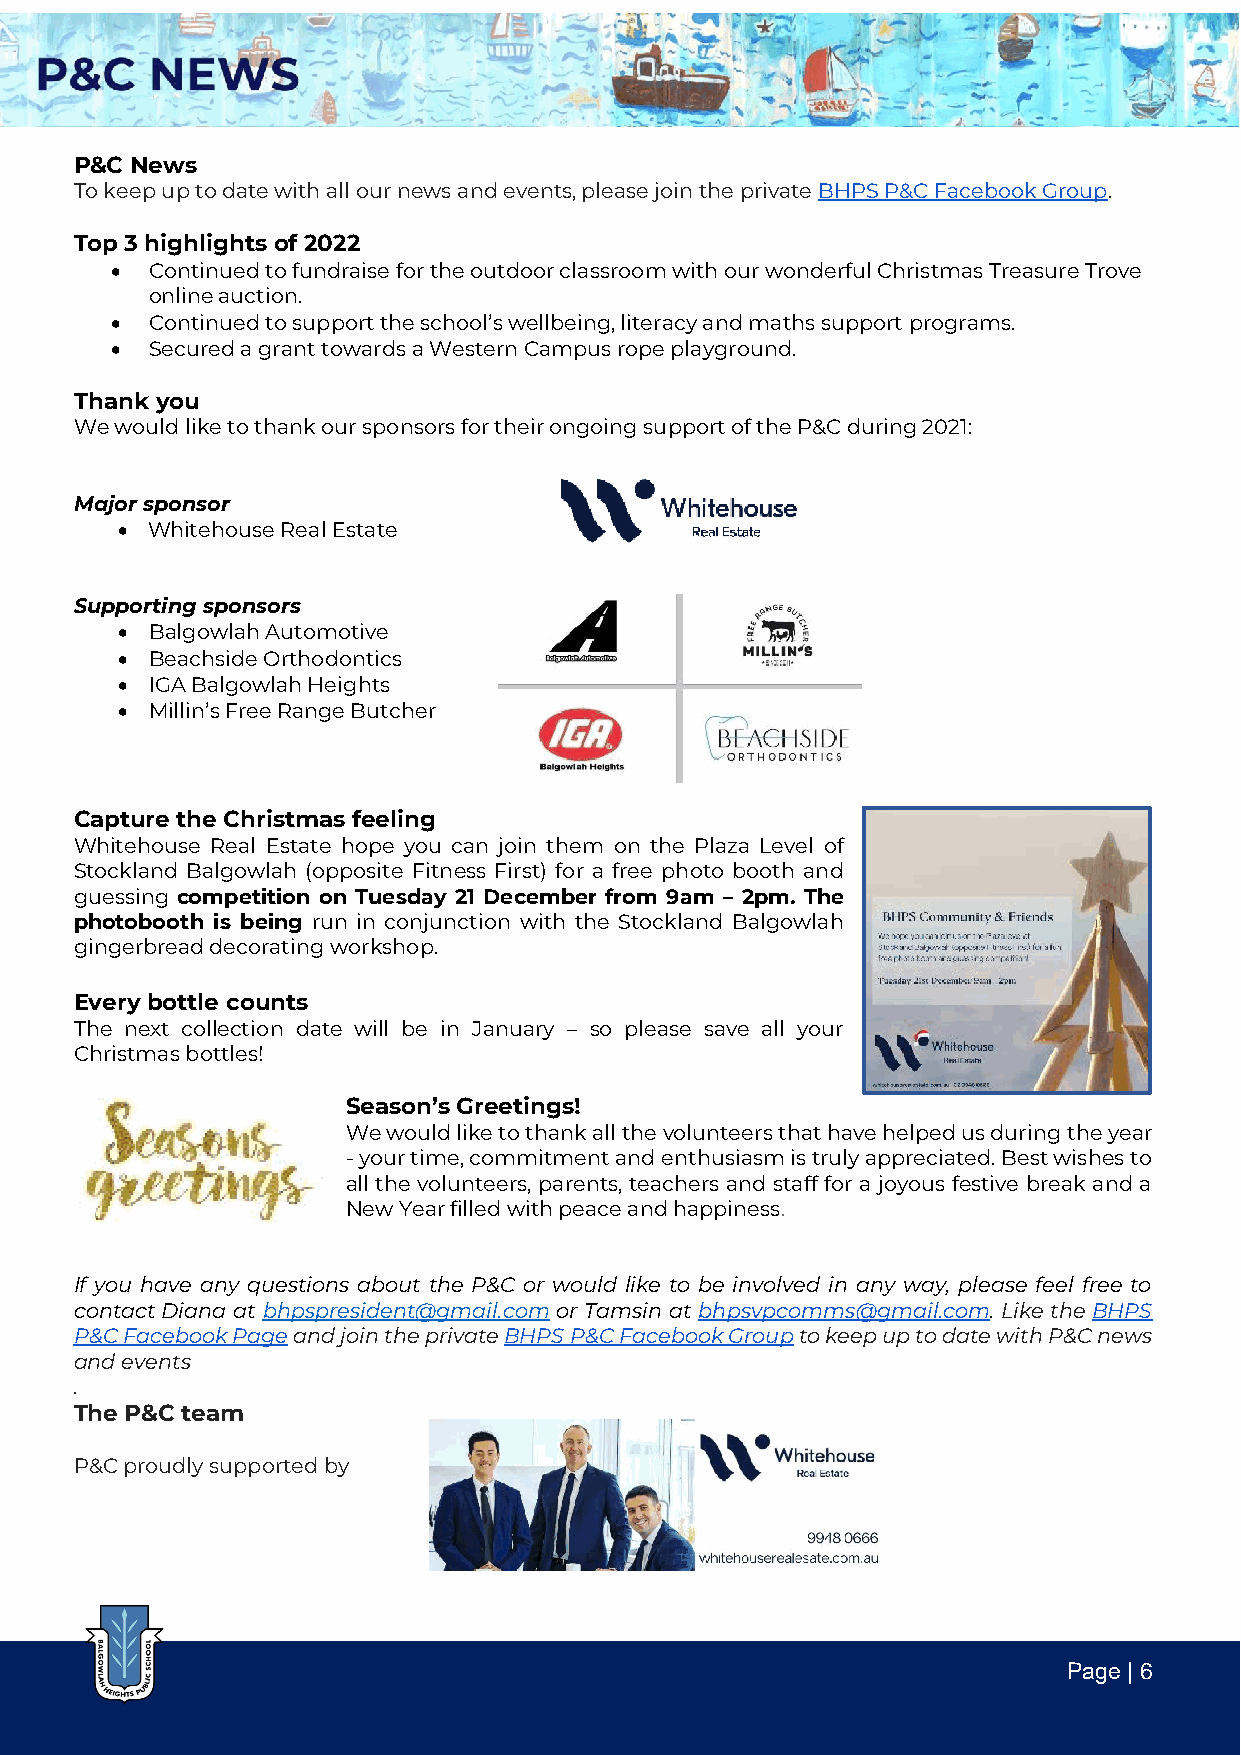
P&C News
 To keep up to date with all our news and events, please join the private BHPS P&C Facebook Group.
 Top 3 highlights of 2022
 •  Continued to fundraise for the outdoor classroom with our wonderful Christmas Treasure Trove
 online auction.
 •  Continued to support the school’s wellbeing, literacy and maths support programs.
 •  Secured a grant towards a Western Campus rope playground.
 Thank you
 We would like to thank our sponsors for their ongoing support of the P&C during 2021:
 Major sponsor
 • Whitehouse Real Estate
 Supporting sponsors
 • Balgowlah Automotive
 • Beachside Orthodontics
 • IGA Balgowlah Heights
 • Millin’s Free Range Butcher
 Capture the Christmas feeling
 Whitehouse Real Estate hope you can join them on the Plaza Level of
 Stockland Balgowlah (opposite Fitness First) for a free photo booth and
 guessing competition on Tuesday 21 December from 9am – 2pm. The
 photobooth is being run in conjunction with the Stockland Balgowlah
 gingerbread decorating workshop.
 Every bottle counts
 The next collection date will be in January – so please save all your
 Christmas bottles!
 Season’s Greetings!
 We would like to thank all the volunteers that have helped us during the year
 - your time, commitment and enthusiasm is truly appreciated. Best wishes to
 all the volunteers, parents, teachers and staff for a joyous festive break and a
 New Year filled with peace and happiness.
 If you have any questions about the P&C or would like to be involved in any way, please feel free to
 contact Diana at bhpspresident@gmail.com or Tamsin at bhpsvpcomms@gmail.com. Like the BHPS
 P&C Facebook Page and join the private BHPS P&C Facebook Group to keep up to date with P&C news
 and events
 .
 The P&C team
 P&C proudly supported by
 Page | 6